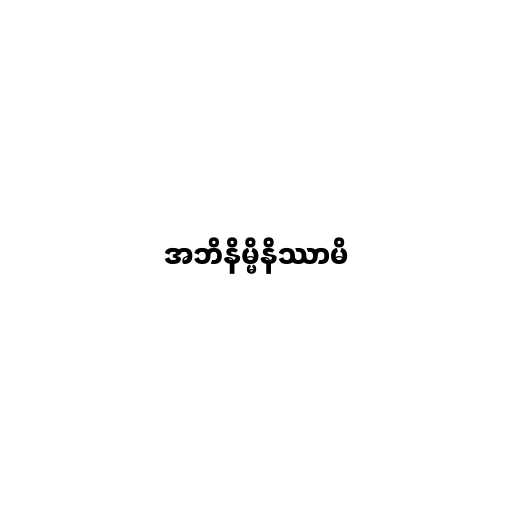
အဘိနိမ္မိနိဿာမိ